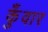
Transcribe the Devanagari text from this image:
कुँवार